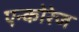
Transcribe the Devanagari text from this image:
एन्कोरेज